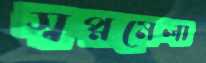
স্বপ্নমেলা